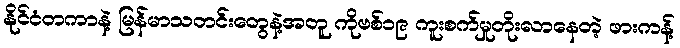
နိုင်ငံတကာနဲ့ မြန်မာသတင်းတွေနဲ့အတူ ကိုဗစ်၁၉ ကူးစက်မှုတိုးလာနေတဲ့ ဖားကန့်